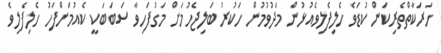
ހަރަކާތްތެރިކަން ކުޑަވެ ހެލިފެލިވެއުޅުން މަދުވުމުން ހަކުރު ބަލިޖެހުމަށް މަގުފަހިވާ ސަބަބަކީ ކެއުމަށްފަހު ހެލިފެލިވެ